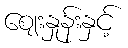
ဈေးနှုန်းနှင့်